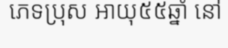
ភេទប្រុស អាយុ៥៥ឆ្នាំ នៅ